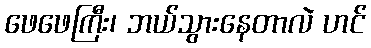
ဖေဖေကြီး၊ ဘယ်သွားနေတာလဲ ဟင်